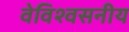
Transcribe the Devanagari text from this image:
वेविश्वसनीय